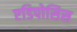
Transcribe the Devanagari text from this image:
एडिपोसिस